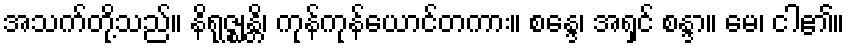
အသက်တို့သည်။ နိရုဇ္ဈန္တိ၊ ကုန်ကုန်ယောင်တကား။ စန္ဒေ၊ အရှင် စန္ဒာ။ မေ၊ ငါ၏။